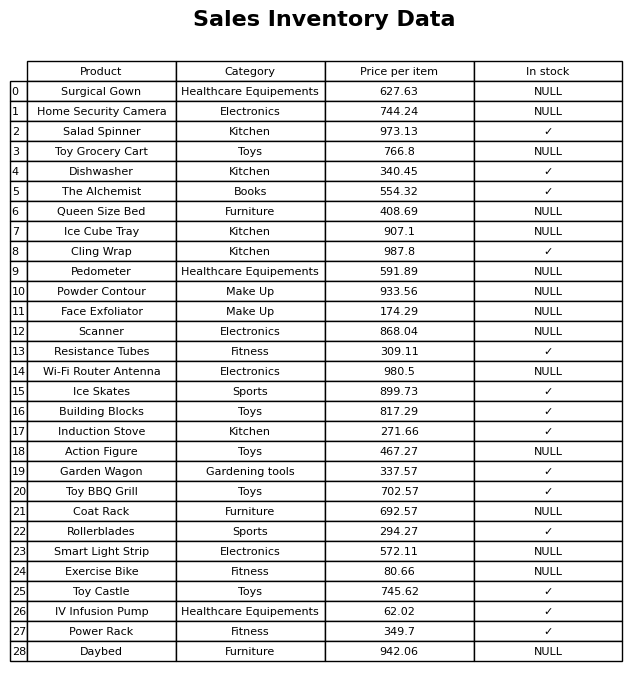
question: What is the price for IV Infusion Pump?
answer: The price of IV Infusion Pump is 62.02.